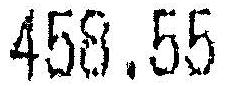
458.55